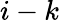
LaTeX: i-k